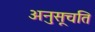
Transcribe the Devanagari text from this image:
अनुसूचति